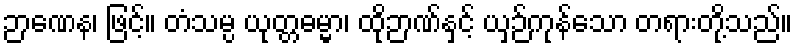
ဉာဏေန၊ ဖြင့်။ တံသမ္ပ ယုတ္တဓမ္မာ၊ ထိုဉာဏ်နှင့် ယှဉ်ကုန်သော တရားတို့သည်။